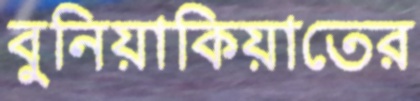
বুনিয়াকিয়াতের